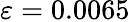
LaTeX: \varepsilon=0.0065